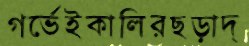
গর্ভেইকালিরছড়াদ্